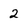
Character: 2